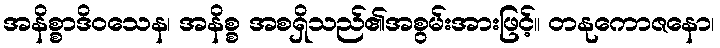
အနိစ္စာဒိဝသေန၊ အနိစ္စ အစရှိသည်၏အစွမ်းအားဖြင့်။ တနုကောဇနော၊